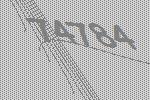
74784